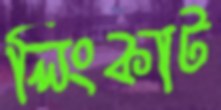
লিংকাট